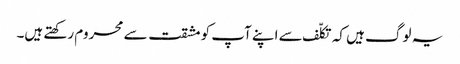
یہ لوگ ہیں کہ تکلّف سے اپنے آپ کو مشقت سے محروم رکھتے ہیں۔